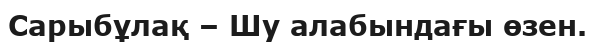
Сарыбұлақ – Шу алабындағы өзен.